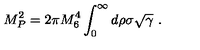
M _ { P } ^ { 2 } = 2 \pi M _ { 6 } ^ { 4 } \int _ { 0 } ^ { \infty } d \rho \sigma \sqrt \gamma \ .